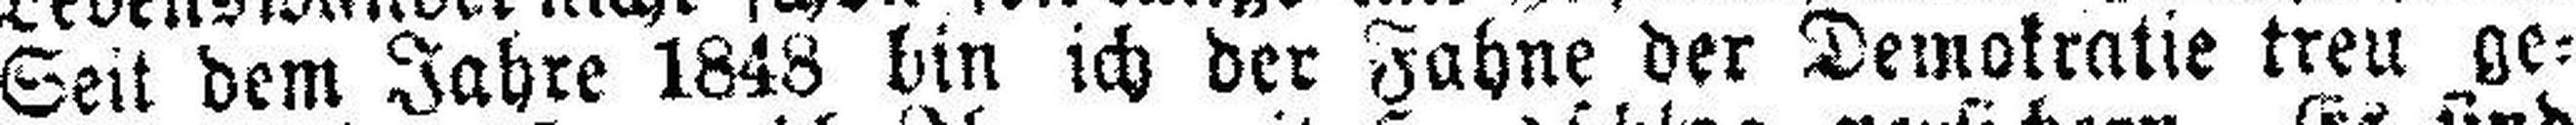
Seit dem Jahre 1848 bin ich der Fahne der Demokratie treu ge¬